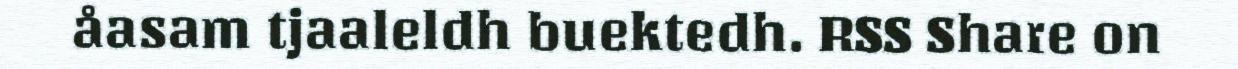
åasam tjaaleldh buektedh. RSS Share on